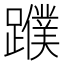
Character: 𨆯